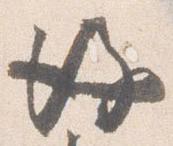
後